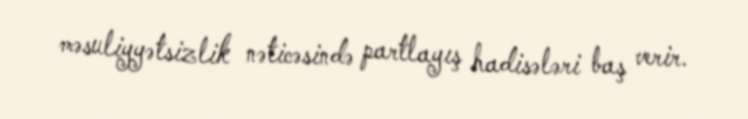
məsuliyyətsizlik nəticəsində partlayış hadisələri baş verir.